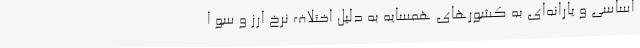
اساسی و یارانه‌ای به کشورهای همسایه به دلیل اختلاف نرخ ارز و سو ا